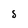
Character: S